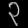
Digit: ၃